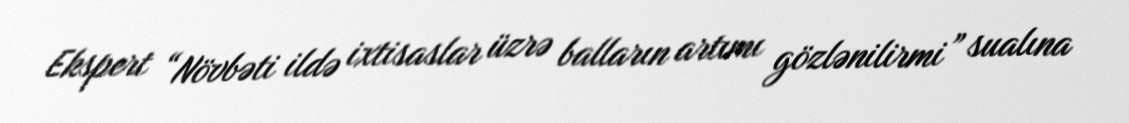
Ekspert “Növbəti ildə ixtisaslar üzrə balların artımı gözlənilirmi” sualına